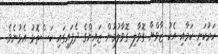
ހަރުކަށި ކަމާއި އެކު ޒާވްޔާ ގޮވާލި ގޮވާލުމުން ޒައިންގެ ދެފައިގައި ކަސްތޮޅު އެޅުނެވެ.